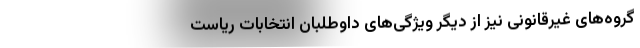
گروه‌های غیرقانونی نیز از دیگر ویژگی‌های داوطلبان انتخابات ریاست‌